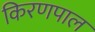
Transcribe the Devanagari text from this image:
किरणपाल